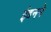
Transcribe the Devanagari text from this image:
ईडनने